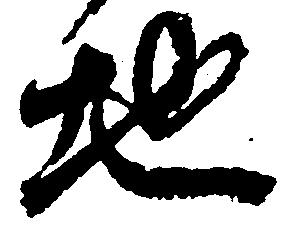
地